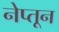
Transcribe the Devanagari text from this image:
नेप्तून